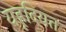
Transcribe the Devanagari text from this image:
यहूदियत